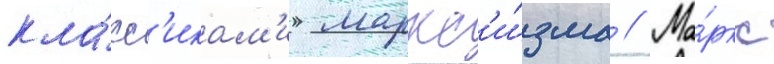
кла́сс'икам'и маркс'и́зма // Ма́ркс